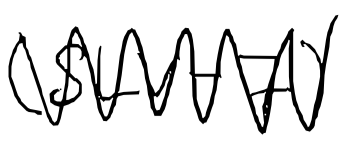
Text: (SLV-7)
Cross-out: mix
Writing tool: digital_black